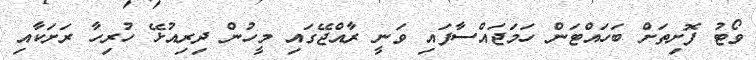
ވޯޓު ފޮށިތަށް ބަހައްޓަން ހަމަޖައްސާފައި ވަނީ ރާއްޖޭގައި މީހުން ދިރިއުޅޭ ހުރިހާ ރަށަކާއި